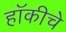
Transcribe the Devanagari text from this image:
हाॅकीचे